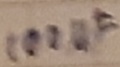
Text: 100µF